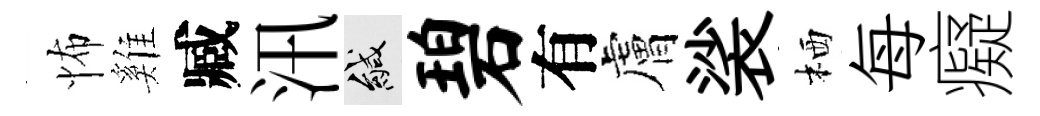
怖雞臧汛緘碧有膚裟栖每癡